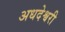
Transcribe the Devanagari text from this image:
अधदेश्वरी